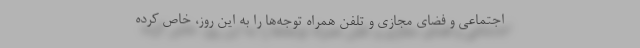
اجتماعی و فضای مجازی و تلفن همراه توجه‌ها را به این روز، خاص کرده